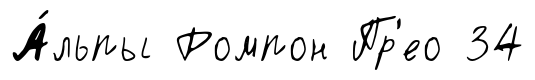
А́льпы Ромпон Пр'ео 34